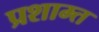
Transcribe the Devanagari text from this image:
प्रशाम्त